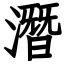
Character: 潛